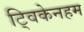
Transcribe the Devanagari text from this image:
ट्विकेनहम